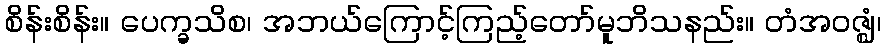
စိန်းစိန်း။ ပေက္ခသိစ၊ အဘယ်ကြောင့်ကြည့်တော်မူဘိသနည်း။ တံအဝဇ္ဈံ၊